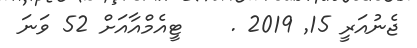
ޖެނުއަރީ 15